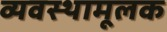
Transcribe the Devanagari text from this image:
व्यवस्थामूलक